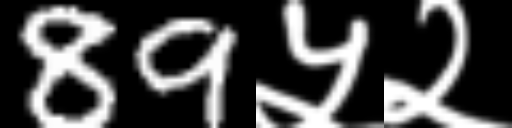
Text: 89५२